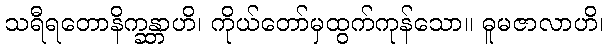
သရီရတောနိက္ခန္တာဟိ၊ ကိုယ်တော်မှထွက်ကုန်သော။ ဓူမဇာလာဟိ၊